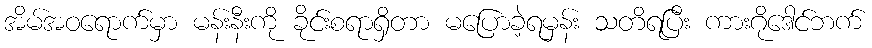
အိမ်အဝရောက်မှာ မန်းနီးကို ခိုင်းစရာရှိတာ မပြောခဲ့ရမှန်း သတိရပြီး ကားဂိုဒေါင်ဘက်